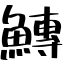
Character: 鱄